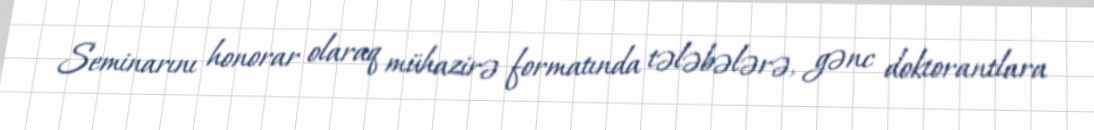
Seminarını honorar olaraq mühazirə formatında tələbələrə, gənc doktorantlara